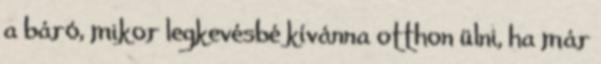
a báró, mikor legkevésbé kívánna otthon ülni, ha már